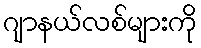
ဂျာနယ်လစ်များကို